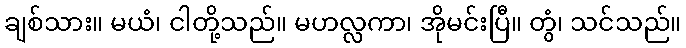
ချစ်သား။ မယံ၊ ငါတို့သည်။ မဟလ္လကာ၊ အိုမင်းပြီ။ တွံ၊ သင်သည်။